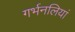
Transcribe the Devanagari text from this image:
गर्भनलियां